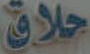
حلاق